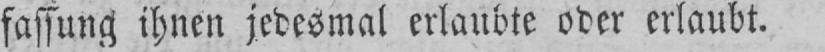
fassung ihnen jedesmal erlaubte oder erlaubt.